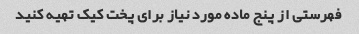
فهرستی از پنج ماده مورد نیاز برای پخت کیک تهیه کنید